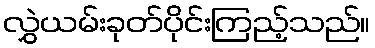
လွှဲယမ်းခုတ်ပိုင်းကြည့်သည်။